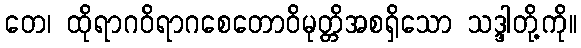
တေ၊ ထိုရာဂဝိရာဂစေတောဝိမုတ္တိအစရှိသော သဒ္ဒါတို့ကို။